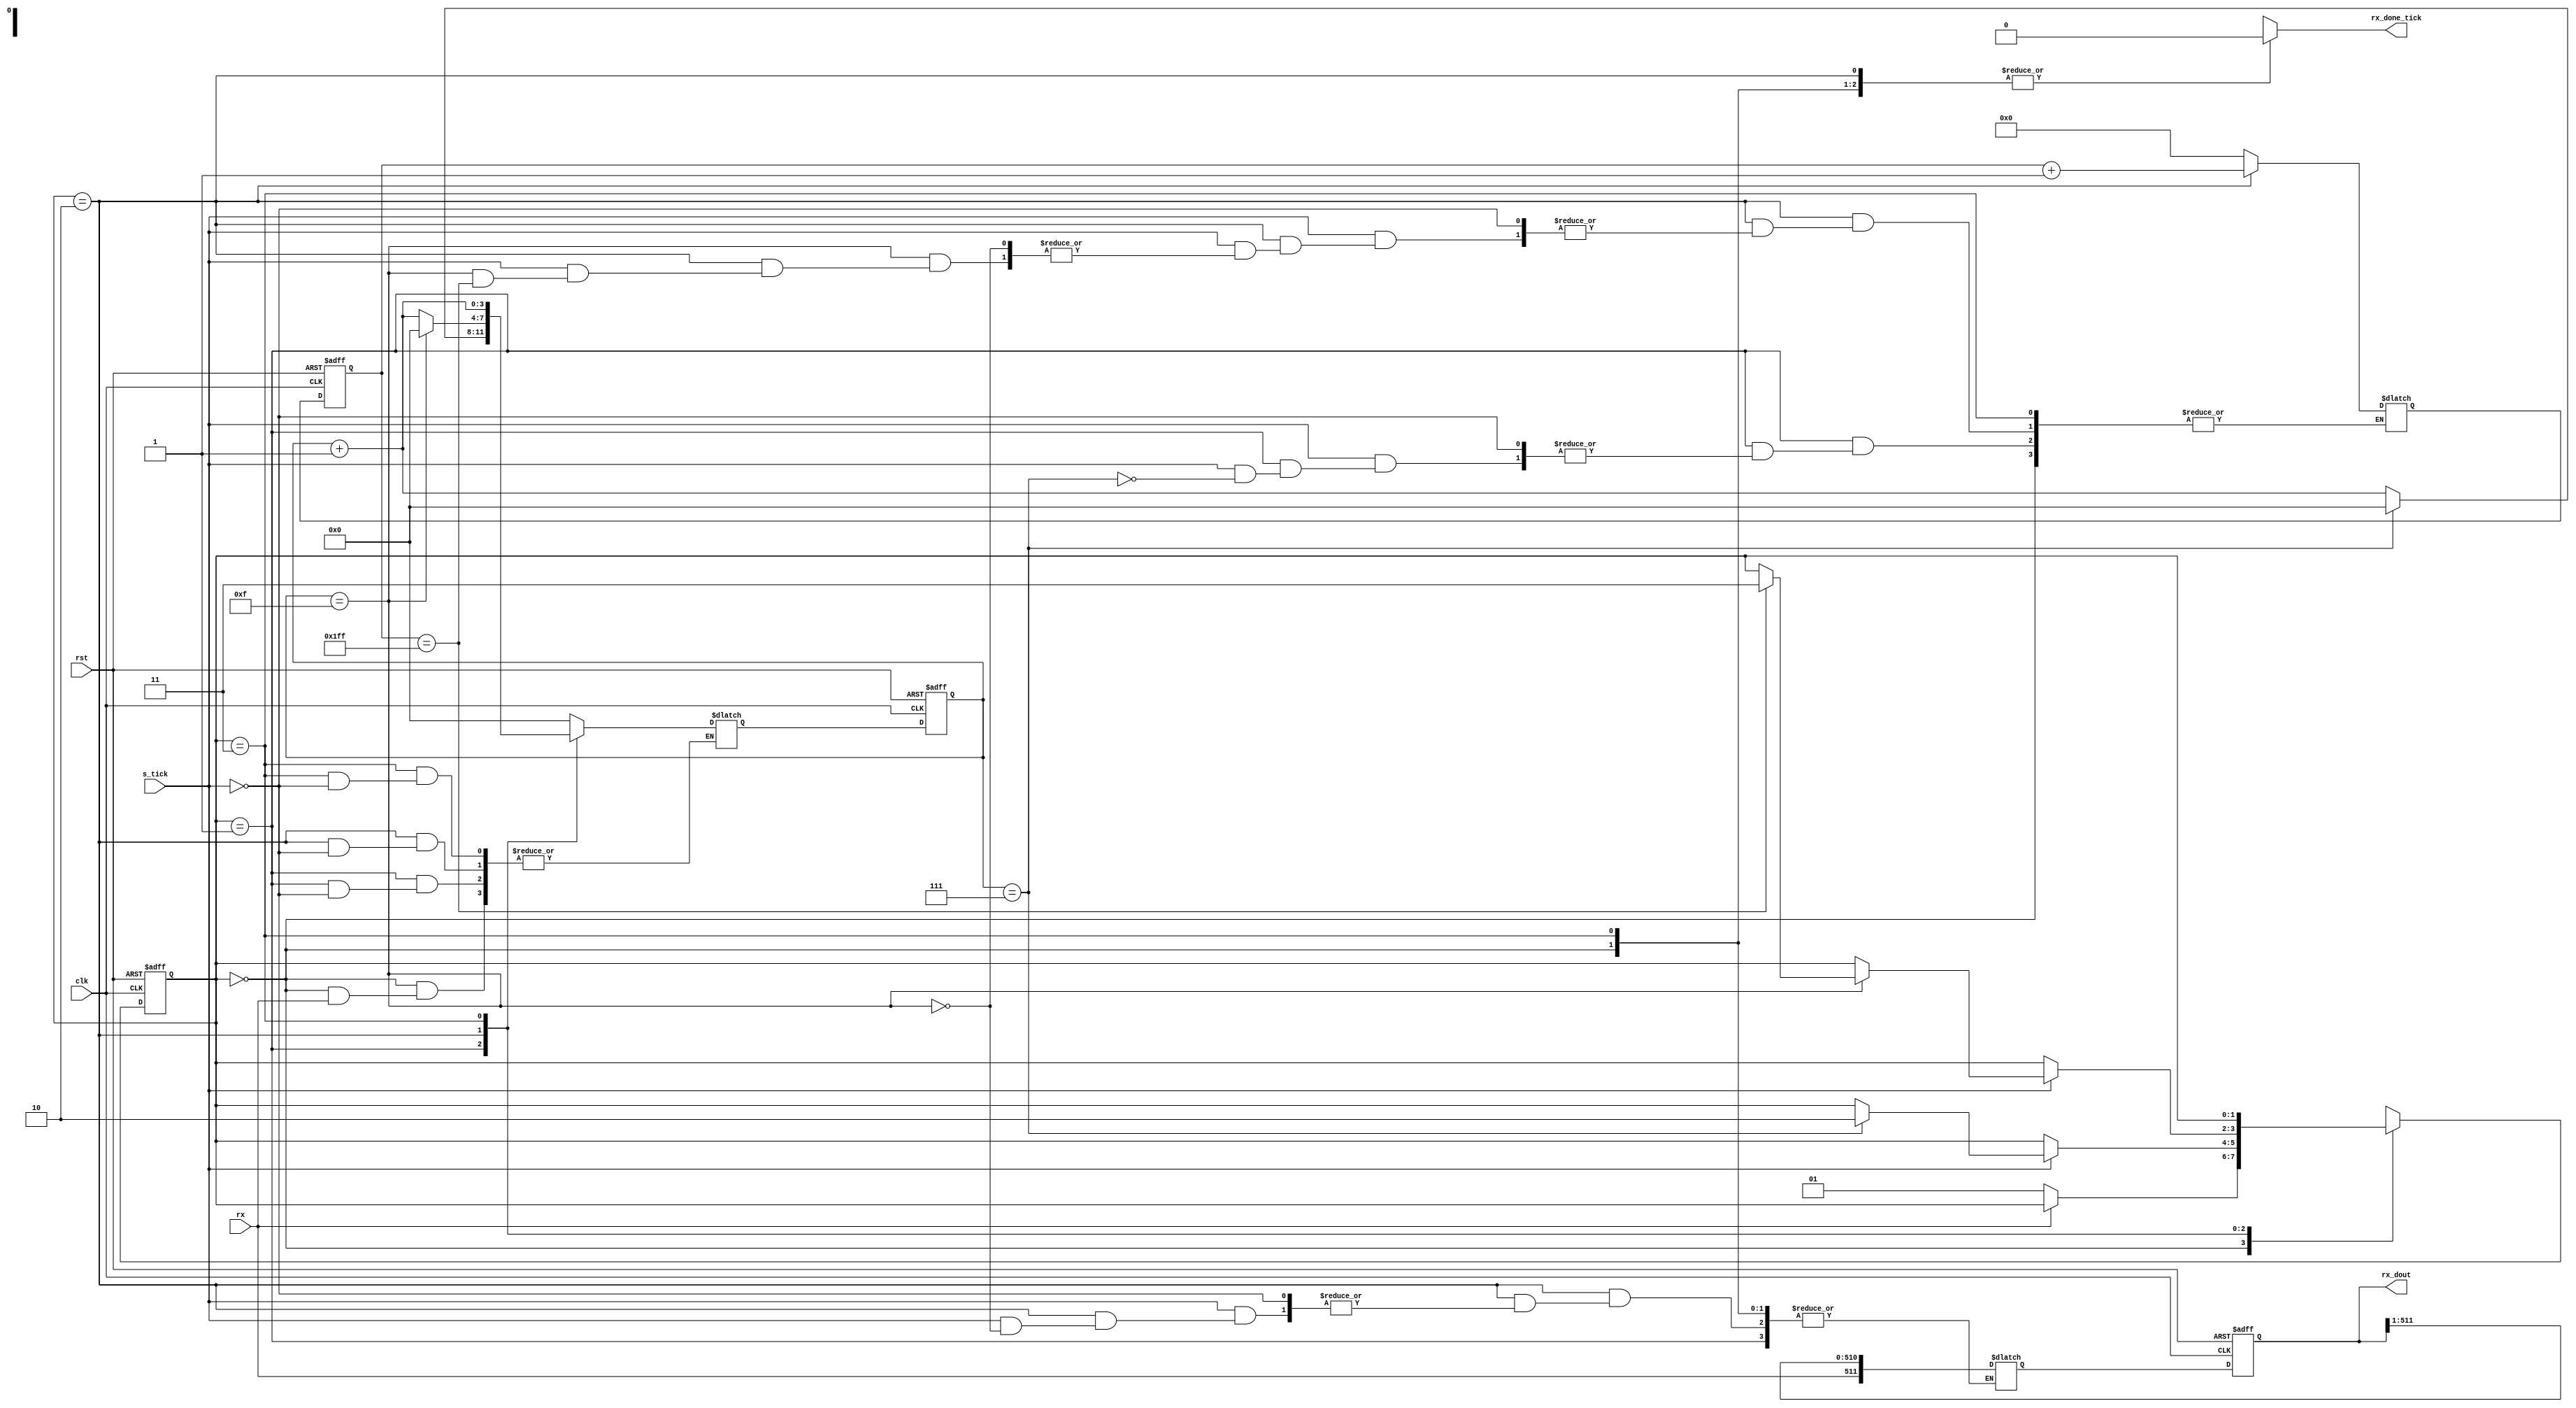
//Eddin UART_RX:
`timescale 1ns / 1ps

module UART_RX #(parameter DBIT = 512,        //data bits
                           SB_TICK = 1024     //stop bit ticks
                                        )
    (
    input clk,
    input rst,
    input rx,
    input s_tick,
    output reg rx_done_tick,
    output [DBIT - 1:0] rx_dout       
    );
    
localparam idle = 0, start = 1,
           data = 2, stop = 3;
           
reg [1:0] state_reg, state_next;        
reg [3:0] s_reg, s_next;                    //keep track of baud rate ticks (16 total)
reg [$clog2(DBIT) - 1:0] n_reg, n_next;     //keep track of number of data bits received
reg [DBIT - 1:0] b_reg, b_next;             //stores the received data bits

always @ (posedge clk, posedge rst)
begin

    if(rst)
      begin
        state_reg <= idle;
        s_reg <= 0;
        n_reg <= 0;
        b_reg <= 0;
      end
    else
      begin
        state_reg <= state_next;
        s_reg <= s_next;
        n_reg <= n_next;
        b_reg <= b_next;
      end
    
end
    

always @ (state_reg or s_reg or n_reg or b_reg or s_tick or rx)
begin

    state_next = state_reg;
    s_next <= s_reg;
    n_next <= n_reg;
    b_next <= b_reg;
    rx_done_tick = 1'b0;
    
    case(state_reg)
    
        idle: 
          begin
            if (~rx)
              begin
                s_next = 0;
                state_next = start;
              end
          end
          
        start:
          begin
            if (s_tick)
              begin
                if (s_reg == 7)
                  begin
                    s_next = 0;
                    n_next = 0;
                    state_next = data;
                  end
                else
                    s_next = s_reg + 1; 
              end
          end
          
        data:
          begin
            if (s_tick)
              begin
                if (s_reg == 15)
                  begin
                    s_next = 0;
                    b_next = {rx, b_reg[DBIT - 1:1]};   //right shift using concatination
                    if (n_reg == (DBIT - 1))
                        state_next = stop;
                    else
                        n_next = n_reg + 1;
                  end
                else
                    s_next = s_reg + 1; 
              end
          end
          
        stop:
          begin
            if (s_tick)
              begin
                if (s_reg == (SB_TICK - 1))
                  begin
                    rx_done_tick = 1'b1;
                    state_next = idle;
                  end
                else
                    s_next = s_reg + 1; 
              end
          end
      default:
           state_next = idle;
    endcase
    
end    
    
assign rx_dout = b_reg; 

endmodule